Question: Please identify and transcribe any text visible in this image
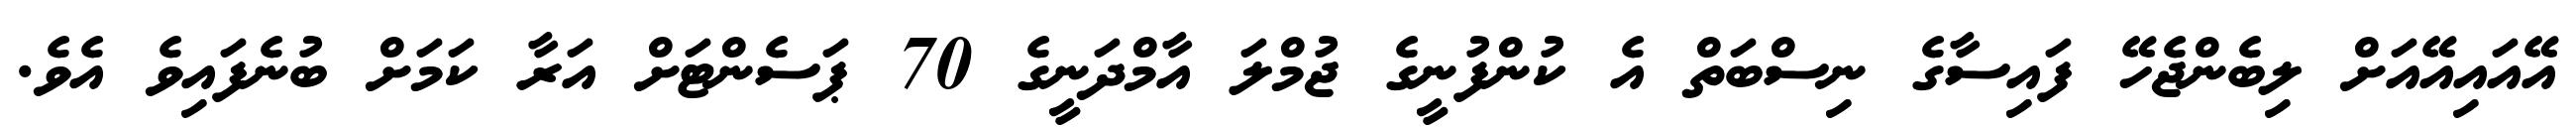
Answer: އޭއައިއޭއަށް ލިބެންޖެހޭ ފައިސާގެ ނިސްބަތް އެ ކުންފުނީގެ ޖުމްލަ އާމްދަނީގެ 70 ޕަސެންޓަށް އަރާ ކަމަށް ބުނެފައިވެ އެވެ.